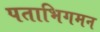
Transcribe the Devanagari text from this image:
पताभिगमन